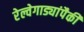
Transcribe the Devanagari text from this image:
रेल्वेगाड्यांपैकी